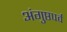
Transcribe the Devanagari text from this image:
अंगुष्ठपर्व